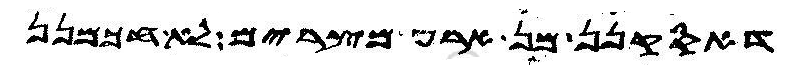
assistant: דאסקנן מן ארע מצרים לא חכמנן